Vaccination in the Punjab 1883-1896 - 1883-1896
Year: 1883
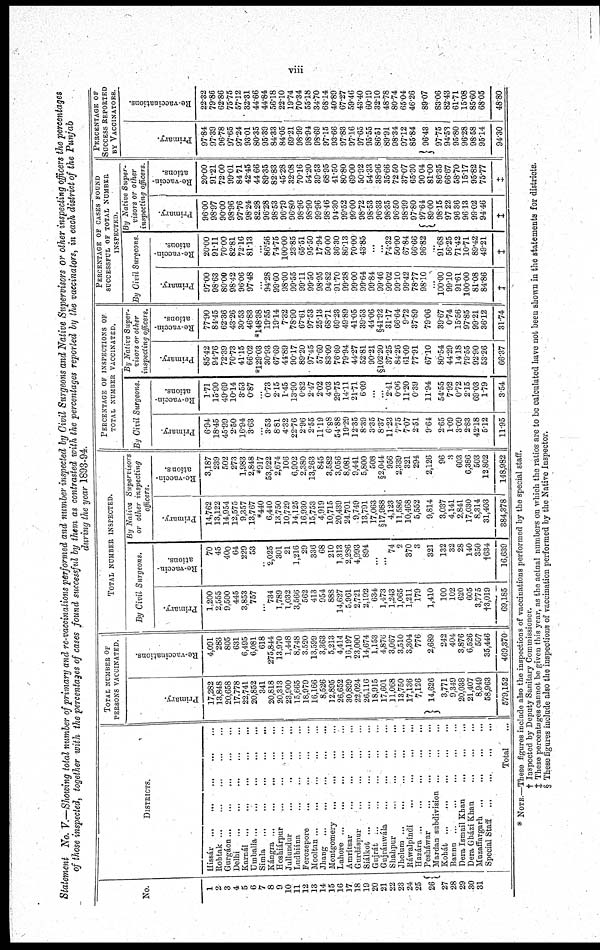
viii
Statement No. V.-Showing total number of primary and re-vaccinations performed and number inspected by Civil Surgeons and Native Supervisors or other inspecting officers the percentages
of those inspected, together with the percentages of cases found successful by them as contrasted with the percentages reported by the vaccinators, in each district of the Punjab
during the year 1893-94.
NO.
1
2
3
4
5
6
7 8
9
10
11
12
13
14
15
16
17
la
20
21
22
23
24
25
26
27
28
29
30
31
DISTRICTS.
Hissár... ... ... ... ...
Rohtak
...
...
...
...
...
Gurgáon
...
...
...
...
...
Delhi
...
...
...
...
...
Karnál
...
...
...
...
...
Uniballa
...
...
...
...
...
Simla
...
...
...
...
...
Kángra
...
...
...
...
...
Hoshiárpur
...
...
...
...
...
Jullundur
...
...
...
...
...
Ludhiána ... ... ... ... ...
Ferozepore ... ... ... ... ...
Mooltan
...
...
...
...
...
Jhang ... ... ... ... ...
Montgomery ... ... ... ... ...
Lahore
...
...
...
...
...
Amritsar
...
...
...
...
Gurdáspur
...
...
...
...
...
Siálkot
...
...
...
...
...
Gujrát ... ... ... ... ...
Gujránwála ... ... ... ... ...
Shahpur
...
...
...
...
...
Jhelum
...
...
...
...
...
Ráwalpindi
...
...
...
...
Hazára ...
...
...
...
...
Pesháwar
...
...
...
...
...
Mardan subdivision ... ... ... ... ...
Kohát
...
...
...
...
...
Bannn ...
...
... ...
Dera Ismail Khan ... ... ... ... ...
Dera Gházi Khan ... ... ... ... ...
Muzaffargarh ... ... ... ... ...
Special Staff ... ... ... ...
Total ...
TOTAL NUMBER OF
PERSONS VACCINATED.
Primary.
17,282
13,848
20,658
17,778
22,741
20,852
341
20,818
20,313
23,900
15,665
18,979
16,166
8,526
12,895
26,652
30,899
22,024
26,116
18,915
17,601
11,068
13,750
17,136
7,126
14,626
3,771
9,349
20,038
21,407
8,949
58,963
579,152
Re-vaccinations.
4,091
283
805
631
6,495
6,081
618
275,844
13,970
1,448
8,748
3,520
13,599
3,363
5,213
4,414
16,197
23,000
14,674
1,153
4,876
3,067
3,510
3,304
776
2,689
242
404
3,876
6,526
507
35,446
469,370
TOTAL NUMBER INSPECTED.
By Civil Surgeons.
Primary.
1,200
2,555
9,500
445
3,853
757
...
734
1,789
1,032
3,566
562
413
954
888
14,627
5,961
2,721
2,192
634
1,473
1,243
1,065
1,211
179
1,410
100
102
620
605
3,775
†3,019
69,185
Re-vaccin-
ations.
70
45
400
64
229
53
...
2,025
301
21
1,216
29
336
68
210
1,313
2,286
4,993
894
...
...
74
2
370
3
321
132
32
28
140
350
†634
16,639
By Native Supervisors
or other inspecting
officers.
Primary
14,762
13,122
14,954
12,575
9,357
13,767
*440
6,440
13,750
10,729
14,125
16,930
15,753
4,919
10,715
20,439
24,701
9,749
13,791
17,063
§17,988
4,123
11,586
10,468
5,552
9,814
3,037
4,141
2,841
17,030
8,314
31,403
384,378
Re-vacc¬
nations.
3,187
239
502
273
1,983
2,848
*917
53,922
2,674
106
6,902
2.380
13,263
845
3,582
3,056
8,081
9,441
5,800
508
§2,044
956
2.339
321
294
2,126
96
3
603
6,386
503
12.802
148,982
PERCENTAGE OF INSPECTIONS OF
TOTAL NUMBER VACCINATED.
By Civil Surgeons.
Primary.
6.94
18.45
45.99
2.50
16.94
3.63
...
3.53
8.81
4.32
22.76
2.96
2.55
11.19
6.88
54.88
19.29
12.35
8.39
3.35
8.37
11.23
7.75
7.07
2.51
9.64
2.65
1.09
3.09
2.83
42.18
5.12
11.95
Re-vaccin¬
abions.
1.71
15.90
49.69
10.14
3.53
0.87
...
0.73
2.15
1.45
13.90
0.82
2.47
2.02
4.03
29.75
14.11
21.71
6.09
...
...
2.41
0.06
11.20
0.39
11.94
54.55
7.92
0.72
2.15
69.03
1.79
3.54
By Native Super¬
visors or other
inspecting officers.
Primary.
85.42
94.76
72.39
70.73
41.15
66.02
*129.03
30.93
67.69
44.89
90.17
89.20
97.45
57.69
83.09
76.69
79.94
44.27
52.81
90.21
§102.20
37.25
84.26
61.09
77.91
67.10
80.54
44.29
14.18
79.55
92.90
53.26
66.37
Re-vaccin¬
abions.
77.90
84.45
62.36
43.26
30.53
46.83
*148.38
19.55
19.14
7.32
78.90
67.61
97.53
25.13
68.71
69.23
49.89
41.05
39.53
44.06
§41.92
31.17
66.64
9.72
37.89
79.06
39.67
0.74
15.56
97.85
99.21
36.12
31.74
PERCENTAGE OF CASES FOUND
SUCCESSFUL OF TOTAL NUMBER
INSPECTED.
By Civil Surgeons.
Primary.
97.00
98.63
80.00
98.42
96.06
97.48
...
94.28
99.60
98.00
99.55
99.11
99.50
98.95
94.82
91.70
99.38
99.00
99.64
99.84
99.46
99.02
99.10
99.42
78.77
98.10
...
100.00
99.10
91.61
100.00
81.08
84.86
‡
Re-vaccin-
ations.
20.00
91.11
7000
82.81
72.16
81.13
...
86.56
74.75
100.00
23.85
65.51
95.50
17.94
50.00
36.30
86.13
70.00
43.85
...
...
74.32
50.00
67.84
66.66
96.82
...
91.68
56.25
71.42
10.71
89.42
49.21
‡
By Native Super-
visors or other
inspecting officers.
Primary.
96.00
98.97
90.00
98.96
97.76
98.24
82.28
96.28
98.53
96.79
96.80
98.96
98.90
99.96
98.46
94.30
99.52
99.00
98.72
98.53
96.33
98.35
96.50
98.99
97.80
97.64
89.00
98.15
97.22
96.36
96.13
99.02
94.46
‡
Re-vaccin-
ations.
20.00
91.21
72.00
99.01
84 .71
42.45
44.66
89.35
82.83
45.28
32.08
70.16
54.20
39.53
68.95
41.50
80.80
69.00
50.92
54.33
38.96
35.66
72.50
37.07
65.30
90.04
81.00
86.35
66.67
58.70
15.17
95.82
75.77
††
PERCENTAGE OF
SUCCES
BY VACCINATORS.
Primary.
97.84
97.39
96.78
97.65
97.24
93.01
80.35
95.39
84.33
84.05
69.21
98.99
98.94
98.69
97.15
93.66
97.83
97.16
97.65
95.55
86.51
89.91
98.34
97.12
85.84
96.43
97.75
94.53
95.80
96.28
98.58
95.14
94.30
Re-vaccinations.
22.32
79.86
62.86
75.75
57.12
32.31
44.66
44.84
56.18
22.10
19.74
70.34
55.18
34.70
68.14
40.89
67.27
59.46
43.40
60.19
32.10
48.78
80.74
65.04
46.26
89.07
83.06
82.43
61.71
15.08
85.60
68.05
48.80
* NOTE.—These figures include also the inspections of vaccinations performed by the special staff.
† Inspected by Deputy Sanitary Commissioner.
‡ These percentages cannot be given this year, as the actual numbers on which the ratios are to be calculated have not been shown in the statements for districts.
§ These figures include also the inspections of vaccination performed by the Native Inspector.